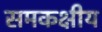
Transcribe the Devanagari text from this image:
समकक्षीय